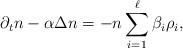
LaTeX: \begin{align*} \partial_t n-\alpha\Delta n=-n\sum_{i=1}^{\ell} \beta_i\rho_i,\end{align*}